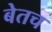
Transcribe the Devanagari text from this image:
बेतच